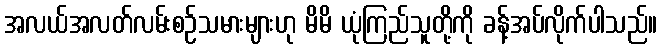
အလယ်အလတ်လမ်းစဉ်သမားများဟု မိမိ ယုံကြည်သူတို့ကို ခန့်အပ်လိုက်ပါသည်။